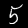
Digit: 5